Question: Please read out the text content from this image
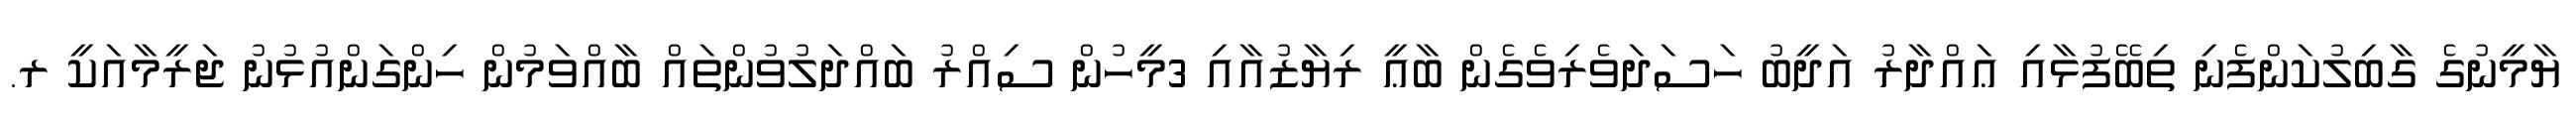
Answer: ޔާމީނުގެ ގާބިލުކަންފެނި ތިބޭފުޅާއި ޢައްދާރު އަދީބު ހަސަދަވެރިވެގެން ބާޢީ ރިޔާޒުއާއި 3މީހުން ސިއްރު ބައްދަލުވުންތައް ބާއްވަމުން ހިންގަންއުޅުނު ޖަރީމާއަކީ ރ.